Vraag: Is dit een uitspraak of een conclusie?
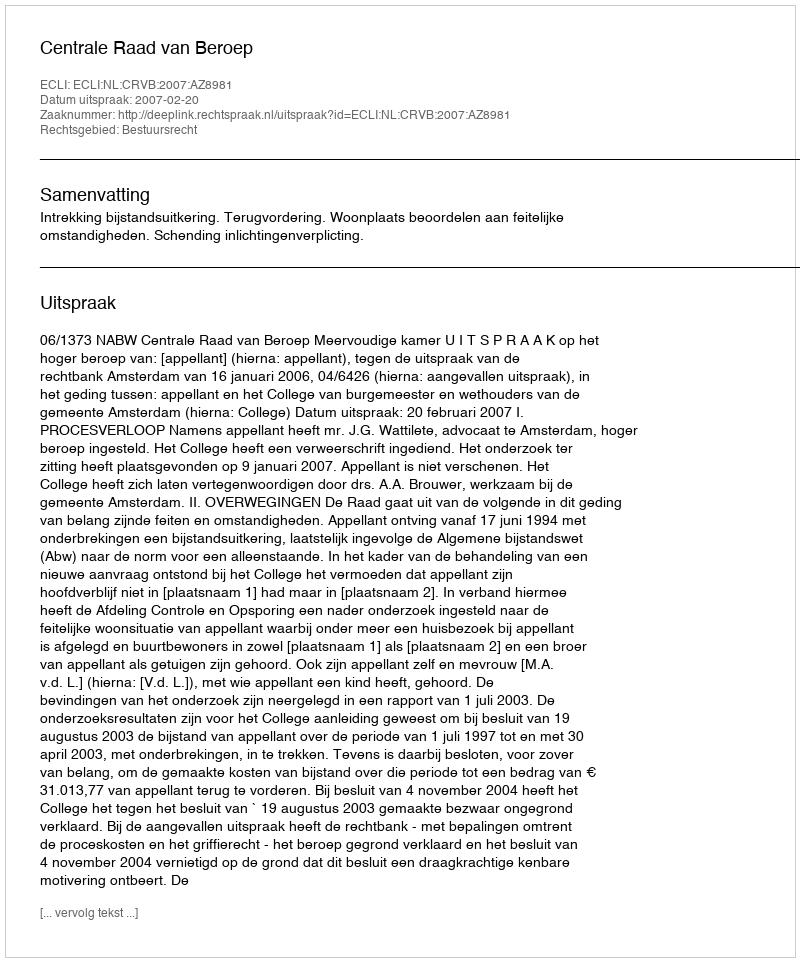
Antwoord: Uitspraak